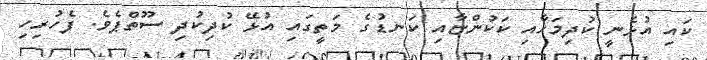
ކައި އުޅެނީ ކުދިމަހާއި ކަކުންޏާއި ކަނޑުގެ މަތީގައި އުޅޭ ކުދިކުދި ސޫތްޕެވެ. ފެހުރިހި